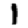
Digit: 1